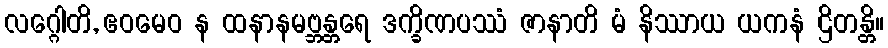
လဂ္ဂေါတိ, ဧဝမေဝ န ထနာနမဗ္ဘန္တရေ ဒက္ခိဏပဿံ ဇာနာတိ မံ နိဿာယ ယကနံ ဌိတန္တိ။